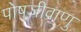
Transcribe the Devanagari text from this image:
पोषजीवाणु